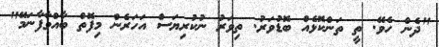
"ދެން ހެވޭ. ތީ ތަންކޮޅެއް ބޮޑުވަރު. ތިވަރު ނުކުރިޔަސް އަހަރެން މިފޮތް ބާއްވާފާނަމޭ"